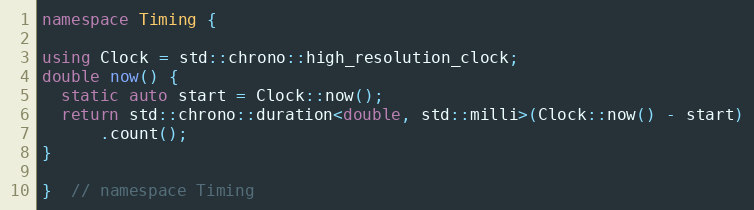
Language: C++
namespace Timing {

using Clock = std::chrono::high_resolution_clock;
double now() {
  static auto start = Clock::now();
  return std::chrono::duration<double, std::milli>(Clock::now() - start)
      .count();
}

}  // namespace Timing